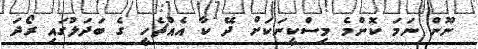
ނޫން ނަމަ ކޮންމެ މިސްކީނަކަށް ދޭ ކާ އެއްޗެހީ ގެ ބަދަލުގައި ރޯދަ